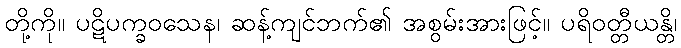
တို့ကို။ ပဋိပက္ခဝသေန၊ ဆန့်ကျင်ဘက်၏ အစွမ်းအားဖြင့်။ ပရိဝတ္တီယန္တိ၊